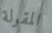
المقولة